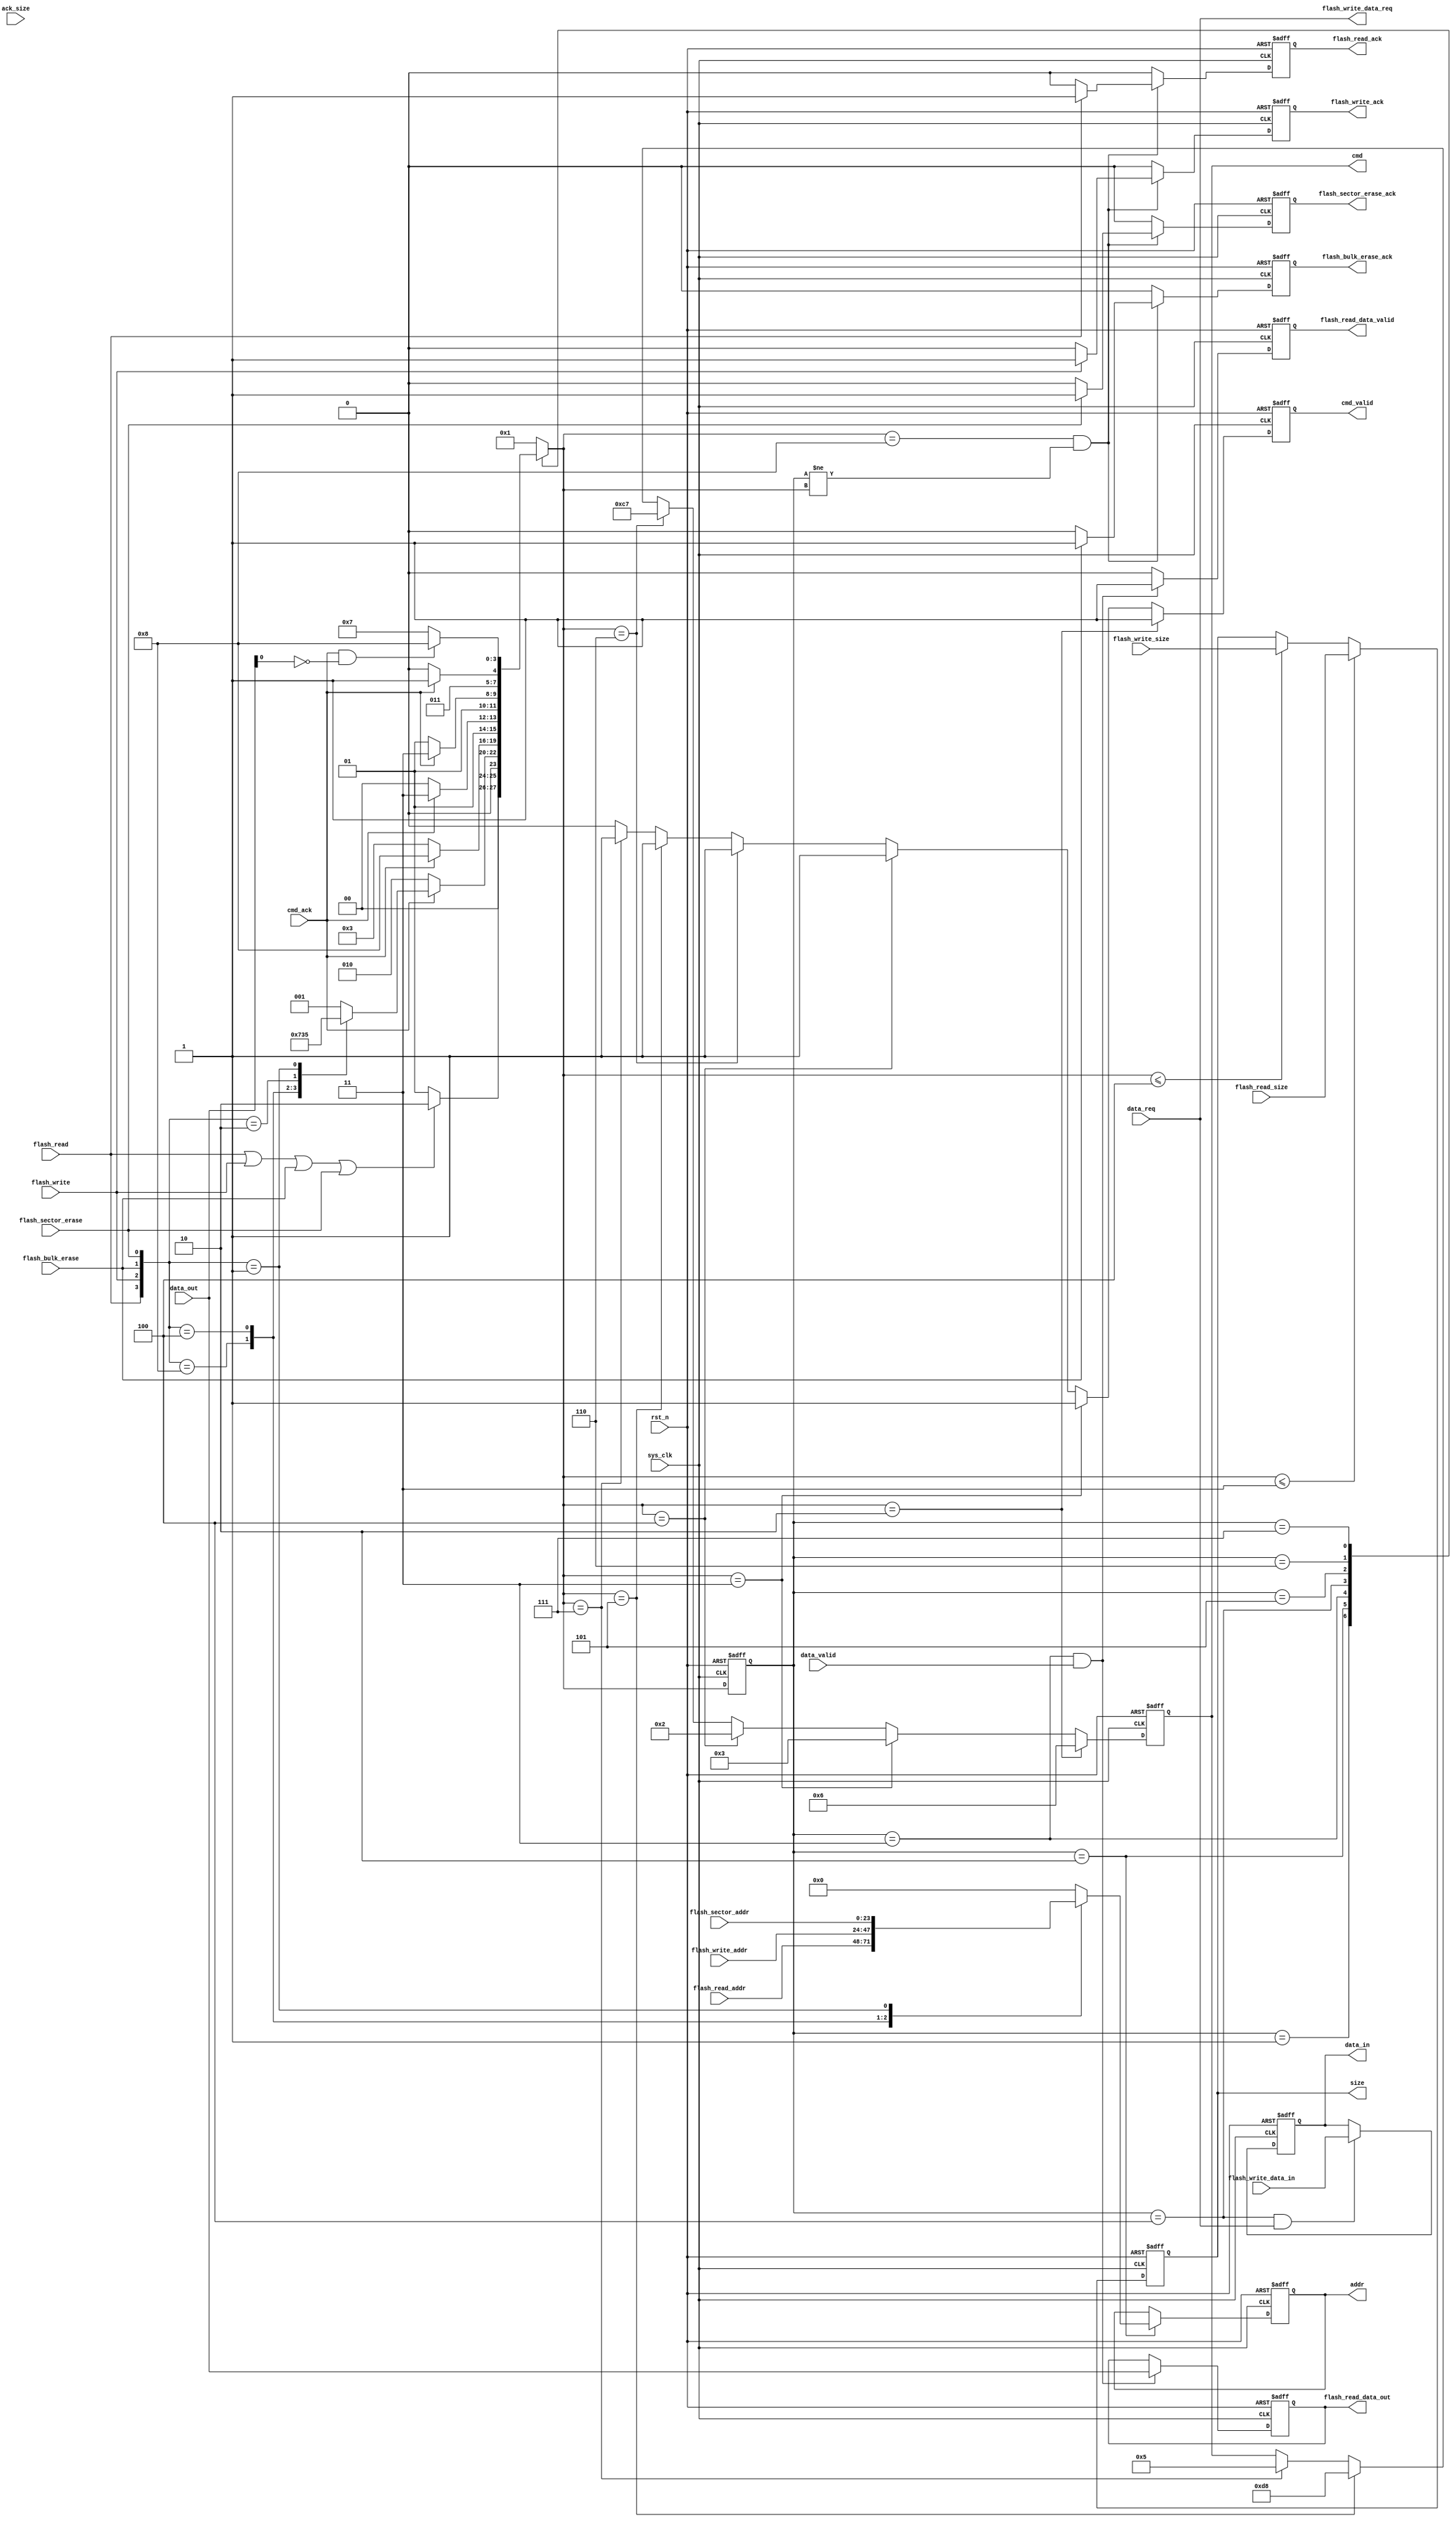
module spi_flash_ctrl(
	input sys_clk,
	input rst_n,
	input flash_read,
	input flash_write,
	input flash_bulk_erase,
	input flash_sector_erase,
	output reg flash_read_ack,
	output reg flash_write_ack,
	output reg flash_bulk_erase_ack,
	output reg flash_sector_erase_ack,
	input [23:0] flash_read_addr,
	input [23:0] flash_write_addr,
	input [23:0] flash_sector_addr,
	input [7:0] flash_write_data_in,
	input [7:0] flash_read_size,
	input [7:0] flash_write_size,
	output flash_write_data_req,
	output reg [7:0] flash_read_data_out,
	output reg flash_read_data_valid,
	output reg [7:0] cmd,
	output reg cmd_valid,
	input cmd_ack,
	output reg [23:0] addr,
	output reg [7:0] data_in,
	output reg [7:0] size,
	input [7:0] ack_size,
	input data_req,
	input [7:0] data_out,
	input data_valid
);
	
localparam S_IDLE=4'd1;
localparam S_WREN=4'd2;
localparam S_READ=4'd3;
localparam S_WRITE=4'd4;
localparam S_SE=4'd5;
localparam S_BE=4'd6;
localparam S_CK_STATE=4'd7;
localparam S_ACK=4'd8;
localparam WREN=8'b0000_0110;
localparam WRDI=8'b0000_0100;
localparam RDSR=8'b0000_0101;
localparam READ=8'b0000_0011;
localparam PP=8'b0000_0010;
localparam SE=8'b1101_1000;
localparam BE=8'b1100_0111;

reg [3:0] state;
reg [3:0] next_state;
wire [3:0] func;

assign flash_write_data_req=data_req;
assign func={flash_read,flash_write,flash_bulk_erase,flash_sector_erase};

always @(posedge sys_clk or negedge rst_n)
begin
	if (rst_n==1'b0)
		state<=S_IDLE;
	else 
		state<=next_state;
end

always @(*)
begin
	case(state)
	S_IDLE:
	if (flash_read==1'b1 || flash_write==1'b1 || flash_bulk_erase==1'b1 || flash_sector_erase==1'b1)
		next_state<=S_WREN;
	else next_state<=S_IDLE;
	S_WREN:
		if (cmd_ack==1'b1)
			case({flash_read,flash_write,flash_bulk_erase,flash_sector_erase})
			4'b1000:next_state<=S_READ;
			4'b0100:next_state<=S_WRITE;
			4'b0010:next_state<=S_BE;
			4'b0001:next_state<=S_SE;
			default:next_state<=S_IDLE;
			endcase
		else next_state<=S_WREN;
	S_READ:
		if (cmd_ack==1'b1)
			next_state<=S_ACK;
		else next_state<=S_READ;
	S_WRITE:
		if (cmd_ack==1'b1)
			next_state<=S_CK_STATE;
		else next_state<=S_WRITE;
	S_SE:
		if (cmd_ack==1'b1)
			next_state<=S_CK_STATE;
		else next_state<=S_SE;
	S_BE:
		if (cmd_ack==1'b1)
			next_state<=S_CK_STATE;
		else next_state<=S_BE;
	S_CK_STATE:
		if (cmd_ack==1'b1 && data_out[0]==1'b0)
			next_state<=S_ACK;
		else next_state<=S_CK_STATE;
	S_ACK: next_state<=S_IDLE;
	default: next_state<=S_IDLE;
	endcase
end

always @(posedge sys_clk or negedge rst_n)
begin
	if (rst_n==1'b0)
	begin
		flash_read_ack<=1'b0;
		flash_write_ack<=1'b0;
		flash_bulk_erase_ack<=1'b0;
		flash_sector_erase_ack<=1'b0;
	end
	else 
		if (next_state==S_ACK && state!=next_state)
		begin
			if (flash_read==1'b1)
				flash_read_ack<=1'b1;
			else flash_read_ack<=1'b0;
			if (flash_write==1'b1)
				flash_write_ack<=1'b1;
			else flash_write_ack<=1'b0;
			if (flash_bulk_erase==1'b1)
				flash_bulk_erase_ack<=1'b1;
			else flash_bulk_erase_ack<=1'b0;
			if (flash_sector_erase==1'b1)
				flash_sector_erase_ack<=1'b1;
			else flash_sector_erase_ack<=1'b0;
		end
		else 
		begin
			flash_read_ack<=1'b0;
			flash_write_ack<=1'b0;
			flash_bulk_erase_ack<=1'b0;
			flash_sector_erase_ack<=1'b0;
		end
end

always @(posedge sys_clk or negedge rst_n)
begin
	if (rst_n==1'b0)
		addr<=24'd0;
	else 
	if (state==S_WREN)
		case(func)
			4'b1000:addr<=flash_read_addr;
			4'b0100:addr<=flash_write_addr;
			4'b0010:addr<=24'd0;
			4'b0001:addr<=flash_sector_addr;
			default:addr<=24'd0;
		endcase
	else addr<=addr;
end

always @(posedge sys_clk or negedge rst_n)
begin
	if (rst_n==1'b0)
	begin
		flash_read_data_out<=8'd0;
		flash_read_data_valid<=1'b0;
	end
	else 
		if (state==S_READ && data_valid==1'b1)
		begin
			flash_read_data_out<=data_out;
			flash_read_data_valid<=1'b1;
		end
		else
		begin
			flash_read_data_out<=flash_read_data_out;
			flash_read_data_valid<=0;
		end
end

always @(posedge sys_clk or negedge rst_n)
begin
	if (rst_n==1'b0)
	begin
		cmd<=8'd0;
		cmd_valid<=1'b0;
	end
	else
		if (next_state==S_WREN)
		begin
			cmd<=WREN;
			cmd_valid<=1'b1;
		end
		else if (next_state==S_READ)
		begin
			cmd<=READ;
			cmd_valid<=1'b1;
		end
		else if (next_state==S_WRITE)
		begin
			cmd<=PP;
			cmd_valid<=1'b1;
		end
		else if (next_state==S_BE)
		begin
			cmd<=BE;
			cmd_valid<=1'b1;
		end
		else if (next_state==S_SE)
		begin
			cmd<=SE;
			cmd_valid<=1'b1;
		end
		else if (next_state==S_CK_STATE)
		begin
			cmd<=RDSR;
			cmd_valid<=1'b1;
		end
		else 
		begin
			cmd<=cmd; cmd_valid<=1'b0;
		end
end

always @(posedge sys_clk or negedge rst_n)
begin
	if (rst_n==1'b0)
		data_in<=8'd0;
	else
		if (state==S_WRITE && flash_write_data_req==1'b1)
			data_in<=flash_write_data_in;
		else data_in<=data_in;
end

always @(posedge sys_clk or negedge rst_n)
begin
	if (rst_n==1'b0)
		size<=8'd0;
	else if (next_state<=S_READ)
		size<=flash_read_size;
	else if (next_state<=S_WRITE)
		size<=flash_write_size;
	else size<=size;
end

endmodule